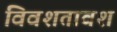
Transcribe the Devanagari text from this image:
विवशतावश